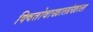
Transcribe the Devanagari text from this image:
क्वितोवाखालोखाल